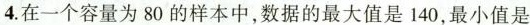
4.在一个容量为80的样本中，数据的最大值是140，最小值是